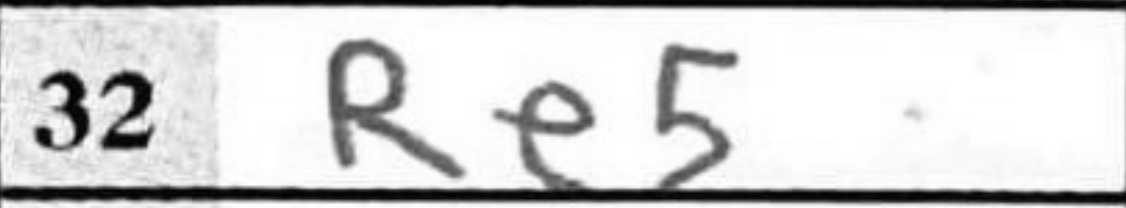
Transcription: Re5